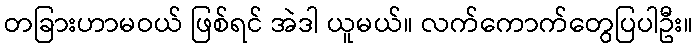
တခြားဟာမဝယ် ဖြစ်ရင် အဲဒါ ယူမယ်။ လက်ကောက်တွေပြပါဦး။